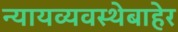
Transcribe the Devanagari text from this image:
न्यायव्यवस्थेबाहेर